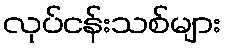
လုပ်ငန်းသစ်များ